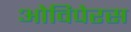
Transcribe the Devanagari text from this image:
ओविपेरस